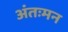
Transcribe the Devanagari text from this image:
अंतःमन